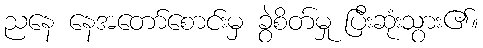
ညနေ နေအတော်စောင်းမှ ခွဲစိတ်မှု ပြီးဆုံးသွား၏။